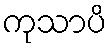
ကုသာပိ